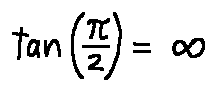
\tan ( \frac { \pi } { 2 } ) = \infty